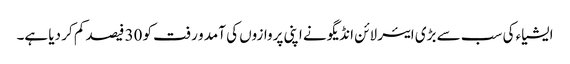
ایشیاء کی سب سے بڑی ایئر لائن انڈیگو نے اپنی پروازوں کی آمد و رفت کو 30 فیصد کم کر دیا ہے۔